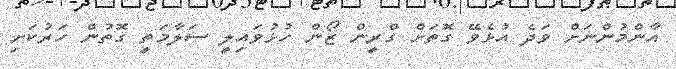
އާންމުންނަށް ވަދެ އުޅެވޭ ގޮތަށް ގްރީން ޒޯން ހުޅުވައިލީ ސަލާމަތީ ގޮތުން ހަރުކަށި